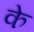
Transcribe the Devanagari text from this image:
के